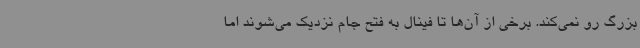
بزرگ رو نمی‌کند. برخی از آن‌ها تا فینال به فتح جام نزدیک می‌شوند اما